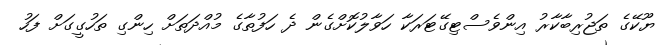
ޔޫކޭގެ ތަޖުރިބާކާރު އިންވެސްޓިގޭޓަރަކާ ހަވާލުކޮށްގެން ދެ ހަފުތާގެ މުއްދަތަށް ހިންގި ތަހުގީގަށް ފަހު